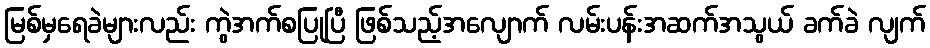
မြစ်မှရေခဲများလည်း ကွဲအက်စပြုပြီ ဖြစ်သည့်အလျောက် လမ်းပန်းအဆက်အသွယ် ခက်ခဲ လျက်